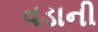
વડાની